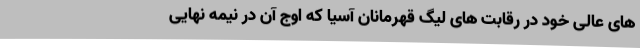
های عالی خود در رقابت های لیگ قهرمانان آسیا که اوج آن در نیمه نهایی